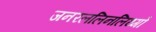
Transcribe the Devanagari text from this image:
जनरललिनलिथ्गो